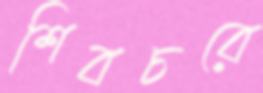
শিবচরে